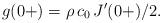
LaTeX: \begin{align*}g(0+) = \rho \, c_0 \, J^\prime(0+)/2.\end{align*}